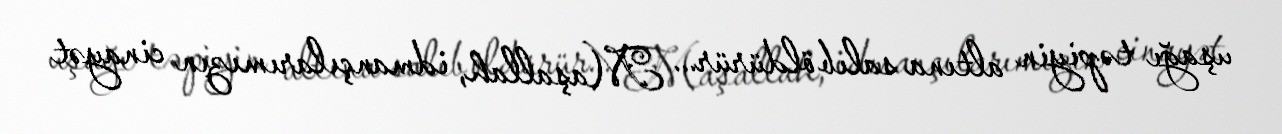
uşağı təpiyin altına salıb öldürür... Maşallah, idmançılarımızın cinayət